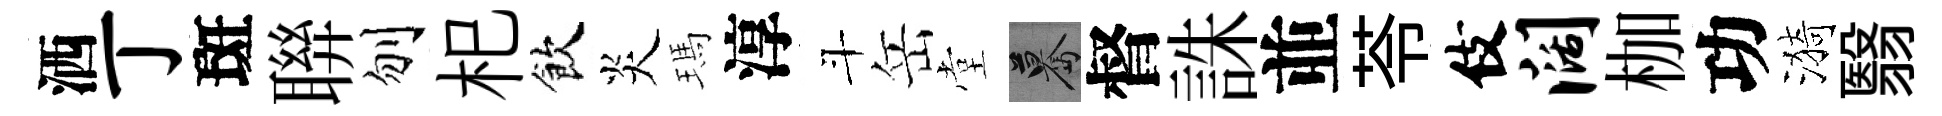
洒丁斑聨刎𣏌飲炎瑪淳斗岳堂驀督誅並苓伎阔枷功漪翳